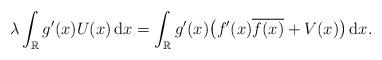
LaTeX: \begin{align*}\lambda\int_{\mathbb R} g'(x) U(x)\,\mathrm dx = \int_{\mathbb R} g'(x)\bigl(f'(x)\overline{f(x)} + V(x)\bigr)\,\mathrm dx.\end{align*}